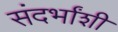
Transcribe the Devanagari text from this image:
संदर्भांशी